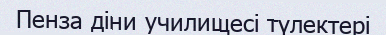
Пенза діни училищесі түлектері